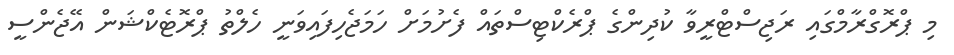
މި ޕްރޮގްރާމްގައި ރަޖިސްޓްރީވާ ކުދިންގެ ޕްރެކްޓިސްތައް ފެށުމަށް ހަމަޖެހިފައިވަނީ ހެލްތު ޕްރޮޓެކްޝަން އޭޖެންސީ